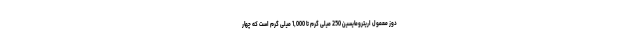
دوز معمول اریترومایسین 250 میلی گرم تا 1,000 میلی گرم است که چهار